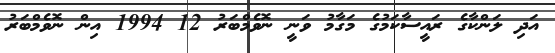
އަދި ލަންކާގެ ރައީސާކަމުގެ މަގާމު ވަނީ ނޮވެމްބަރު 12 1994 އިން ނޮވެމްބަރު